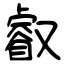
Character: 叡